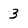
Character: 3